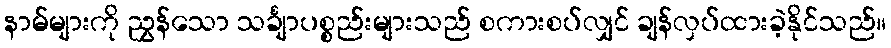
နာမ်များကို ညွှန်သော သင်္ချာပစ္စည်းများသည် စကားစပ်လျှင် ချန်လှပ်ထားခဲ့နိုင်သည်။